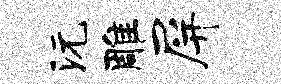
沅雕屏